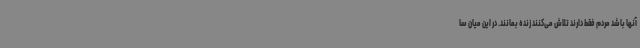
آنها باشد مردم فقط دارند تلاش می‌کنند زنده بمانند. در این میان سا